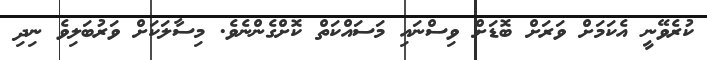
ކުރެވޭނީ އެކަމަށް ވަރަށް ބޮޑަށް ވިސްނައި މަސައްކަތް ކޮށްގެންނެވެ. މިސާލަކަށް ވަރުބަލިވެ ނިދި